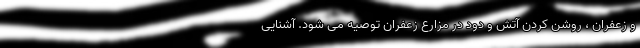
و زعفران ، روشن کردن آتش و دود در مزارع زعفران توصیه می شود. آشنایی